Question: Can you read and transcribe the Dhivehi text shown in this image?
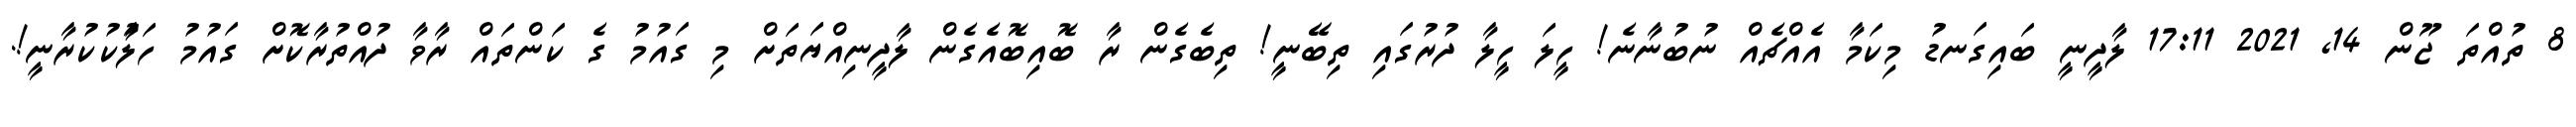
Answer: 8 ތުއްތަ ޖޫން 14, 2021 17:11 ލާދީނީ ބައިގަނޑު މިކަމާ އެއްޗެއް ނުބުނާނެ! ހީލަ ހީލާ ދުރުގައި ތިބޭނީ! ތިބެގެން ރާ ބޮއިބޮއެގެން ލާދީނިއްޔަތަށް މި ގައުމު ގެ ކަންތައް ރާވާ ދުއްތުރާކޮށް ގައުމު ހަލާުކުކުރާނީ!.